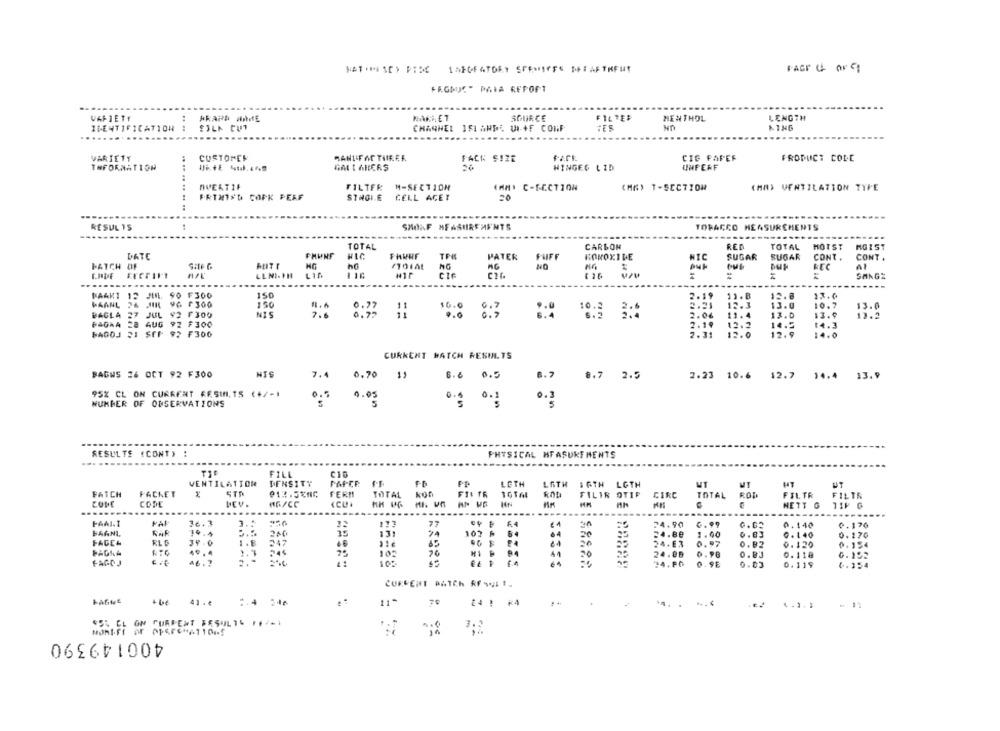
FAGDUC" PAIA REPORT
SOURCE
FILTER
MENTHOL
LENGTH
VARIETY
..
IDENTIFICATION
CHANNEL IS1 AHDE UI.+F CONF
......
VARIETY
CUSTOMER
FACK SIZE
Part
CIG PAPEF
PRODUCT CODE
INFORMATION
GM I AHLERS
WINGED LID
UNFERF
AVERTIF
FILTER
M-SECTION
KAH. C-SECTION
(MM) 1-SEC710H
(HA) VENTILATION TYPE
FRIMSD COPK PERF
STHOI.E
CELL ACET
20
... .. .. .. ..
RESUL YS
SMOKF MEASUREMENTS
TOBACCO MEASUREMENTS
TOTAL
CARBON
SER
TOTAL
HOTST
MGIST
DATE
FHUNE
PATER
FUIFF
HOROXILE
HIC
SUGAR
SUGAR
CONT .
CONT .
BATCH OF
SHE G
ho
Al
LLNI- MH
=
SANGE
.....
RAAKT 12 JIM. 90 F300
150
2.19
11.B
12.8
17.6
WAANL
150
16.0
2.25
13.0
10.7
13.0
BAGLA
27 JUL 92 F300
NIS
0.79
103 3
2.06
11.4
13.0
13.9
FAGRA
28 AUG 92 F300
2.19
12.2
14.2
14.3
HAGOJ 21 SEF 92 F300
2. 31
12.0
12.9
14.0
CURRENT BATCH RESULTS
BAGWS 26 OCT 92 F300
7.4
0.70
11
6.6 0.5
8.7
8.7 2.5
2.23 10.6 12.7 14.4 13.9
95% CL ON CURRENT KESIN. TS (+/-1
0.5
0.05
WUNDER OF OBSERVATIONS
5
0.1 0.1
0.3
RESULTE (CONT)
PHYSICAL MEASUREMENTS
...
FILL
VENTILATION
DENSITY
PAPER
-
FP
LETH
LATH IGTH LOTH
FATCH
FACKET
FERMI
TOTAL
FIL TR
RAD
FILIR OTIF
CIRC
TOTAL
ROD
FILTR
FILTR
CODE
CODE
1G/CC
NN
NETT G
TIF G
........
...
........
FAALI
PAI
36.3
3. "
177
F.4
24.90
6.99
0.62
0.140
0.176
BAANL
19.4
131
102 6
30
24.80
1.00
0.83
G.140
0. 170
247
FACEA
39 .0
46
24.ER
0.97
0.82
0. 120
0. 154
10-
20
94
41
20
24.88
0.98
0. 118
0. 152
FAGOJ
46.7
E& # 14
24.80
0.9E
0.83
0. 119
4.354
CURRENT AATCh RF-LI-
...
:4 246
11"
2A ! * 4
....
$55 CL ON CURRENT RESULTE 1,2-1
3.2
400149390